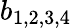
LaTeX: b_{1,2,3,4}